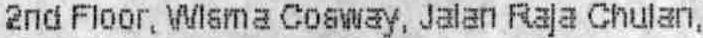
2ND FLOOR, WISMA COSWAY, JALAN RAJA CHULAN,